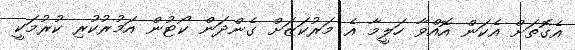
އެގޮތަށް އެކަން އޮއްވާ ހަލީމާ އެ މަރުކަޒަށް ގެންދަން ކޯޓުން އަމުރުކުރި ކުރުމަކީ